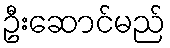
ဦးဆောင်မည်